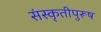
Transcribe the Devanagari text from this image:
संस्कृतीपुरूष